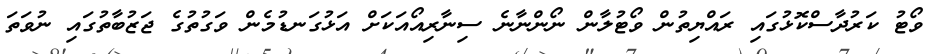
ވޯޓު ކަރުދާސްކޮޅުގައި ރައްޔިތުން ވޯޓުލާން ނޯންނާނެ ސިނާރިއޯއަކަށް އަޅުގަނޑުމެން ވަގުތުގެ ޖަޒުބާތުގައި ނުވަތަ